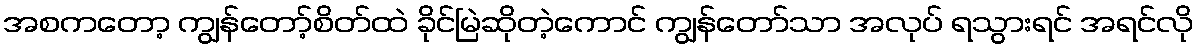
အစကတော့ ကျွန်တော့်စိတ်ထဲ ခိုင်မြဲဆိုတဲ့ကောင် ကျွန်တော်သာ အလုပ် ရသွားရင် အရင်လို